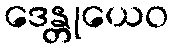
ဒေန္တုယေဝ